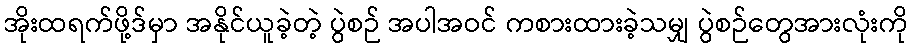
အိုးထရက်ဖို့ဒ်မှာ အနိုင်ယူခဲ့တဲ့ ပွဲစဉ် အပါအဝင် ကစားထားခဲ့သမျှ ပွဲစဉ်တွေအားလုံးကို